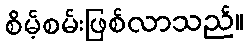
စိမ့်စမ်းဖြစ်လာသည်။